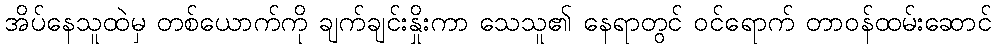
အိပ်နေသူထဲမှ တစ်ယောက်ကို ချက်ချင်းနှိုးကာ သေသူ၏ နေရာတွင် ဝင်ရောက် တာဝန်ထမ်းဆောင်